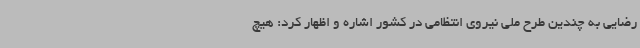
رضایی به چندین طرح ملی نیروی انتظامی در کشور اشاره و اظهار کرد: هیچ